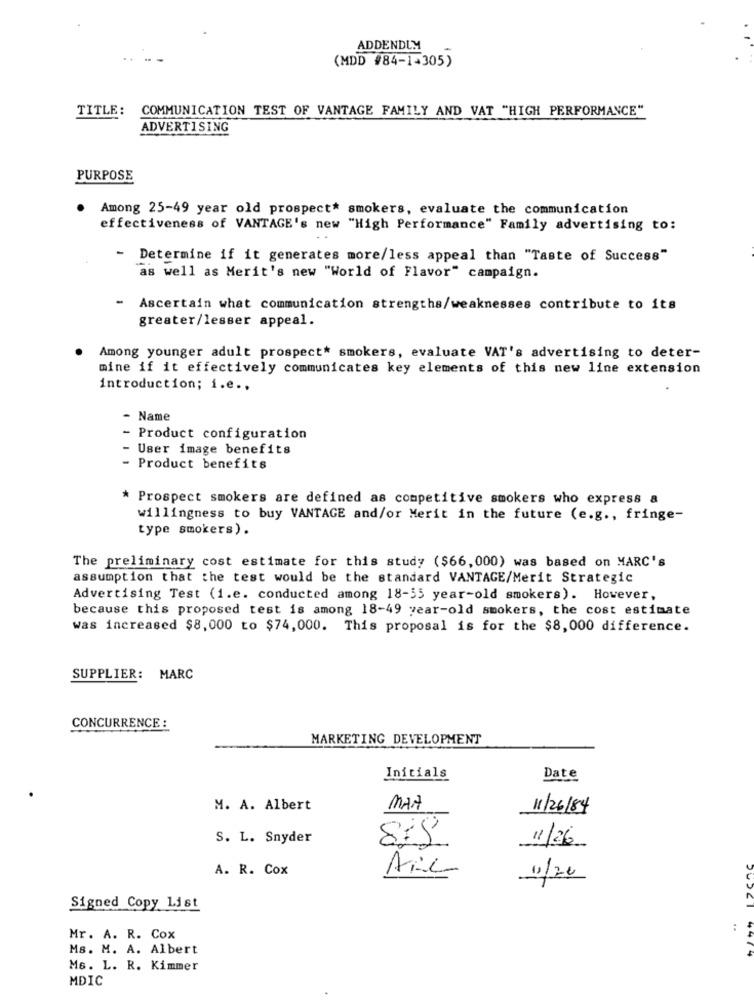
ADDENDUM
(MDD #84-1=305)
TITLE: COMMUNICATION TEST OF VANTAGE FAMILY AND VAT "HIGH PERFORMANCE"
ADVERTISING
PURPOSE
Among 25-49 year old prospect* smokers, evaluate the communication
effectiveness of VANTAGE's new "High Performance" Family advertising to:
- Determine if it generates more/less appeal than "Taste of Success"
as well as Merit's new "World of Flavor" campaign.
- Ascertain what communication strengths/weaknesses contribute to its
greater/lesser appeal.
Among younger adult prospect* smokers, evaluate VAT's advertising to deter-
mine if it effectively communicates key elements of this new line extension
introduction; i.e .,
- Name
- Product configuration
User image benefits
Product benefits
* Prospect smokers are defined as competitive smokers who express a
willingness to buy VANTAGE and/or Merit in the future (e.g ., fringe-
type smokers).
The preliminary cost estimate for this study ($66,000) was based on MARC's
assumption that the test would be the standard VANTAGE/Merit Strategic
Advertising Test (1.e. conducted among 18-55 year-old smokers). However,
because this proposed test is among 18-49 year-old smokers, the cost estimate
was increased $8,000 to $74,000. This proposal is for the $8,000 difference.
SUPPLIER: MARC
CONCURRENCE :
MARKETING DEVELOPMENT
Initials
Date
M. A. Albert
MAN
11/26/84
S. L. Snyder
815
11/26
A. R. Cox
Ail
1/20
Signed Copy List
..
Mr. A. R. Cox
Ms. M. A. Albert
50521 4474
M6. L. R. Kimmer
MDIC